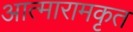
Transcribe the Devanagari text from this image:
आत्मारामकृत